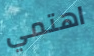
اهتمي